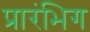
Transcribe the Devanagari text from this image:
प्रारंभिग